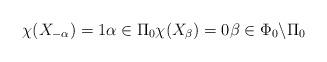
LaTeX: \begin{align*}\chi(X_{-\alpha})=1 \alpha\in \Pi_0 \chi(X_\beta)=0 \beta\in \Phi_0\backslash\Pi_0 \end{align*}